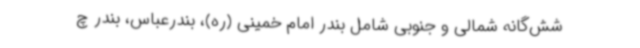
شش‌گانه شمالی و جنوبی شامل بندر امام خمینی (ره)، بندرعباس، بندر چ